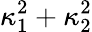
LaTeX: \kappa_{1}^{2}+\kappa_{2}^{2}